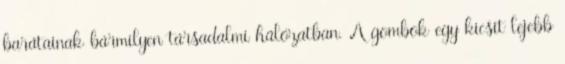
barátainak bármilyen társadalmi hálózatban. A gombok egy kicsit lejebb